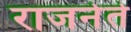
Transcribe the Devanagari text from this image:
राजनेते